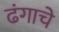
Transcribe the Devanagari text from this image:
ढंगाचे